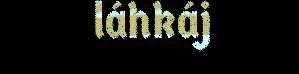
láhkáj